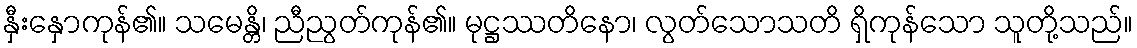
နှီးနှောကုန်၏။ သမေန္တိ၊ ညီညွတ်ကုန်၏။ မုဋ္ဌဿတိနော၊ လွတ်သောသတိ ရှိကုန်သော သူတို့သည်။